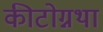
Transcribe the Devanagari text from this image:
कीटोग्नथा